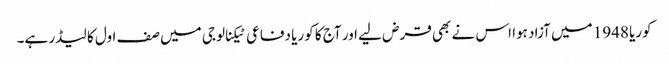
کوریا 1948 میں آزاد ہوا اس نے بھی قرض لیے اور آج کا کوریا دفاعی ٹیکنالوجی میں صف اول کا لیڈر ہے۔